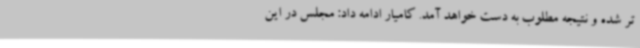
تر شده و نتیجه مطلوب به دست خواهد آمد. کامیار ادامه داد: مجلس در این